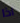
اذا